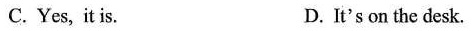
C.Yes, it is. D. It's on the desk.